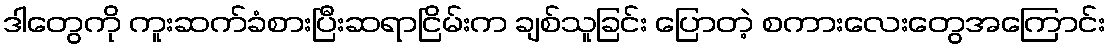
ဒါတွေကို ကူးဆက်ခံစားပြီးဆရာငြိမ်းက ချစ်သူခြင်း ပြောတဲ့ စကားလေးတွေအကြောင်း